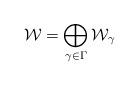
LaTeX: \begin{align*} \mathcal{W}_{}=\bigoplus_{\gamma\in \Gamma} \mathcal{W}_{\gamma} \end{align*}